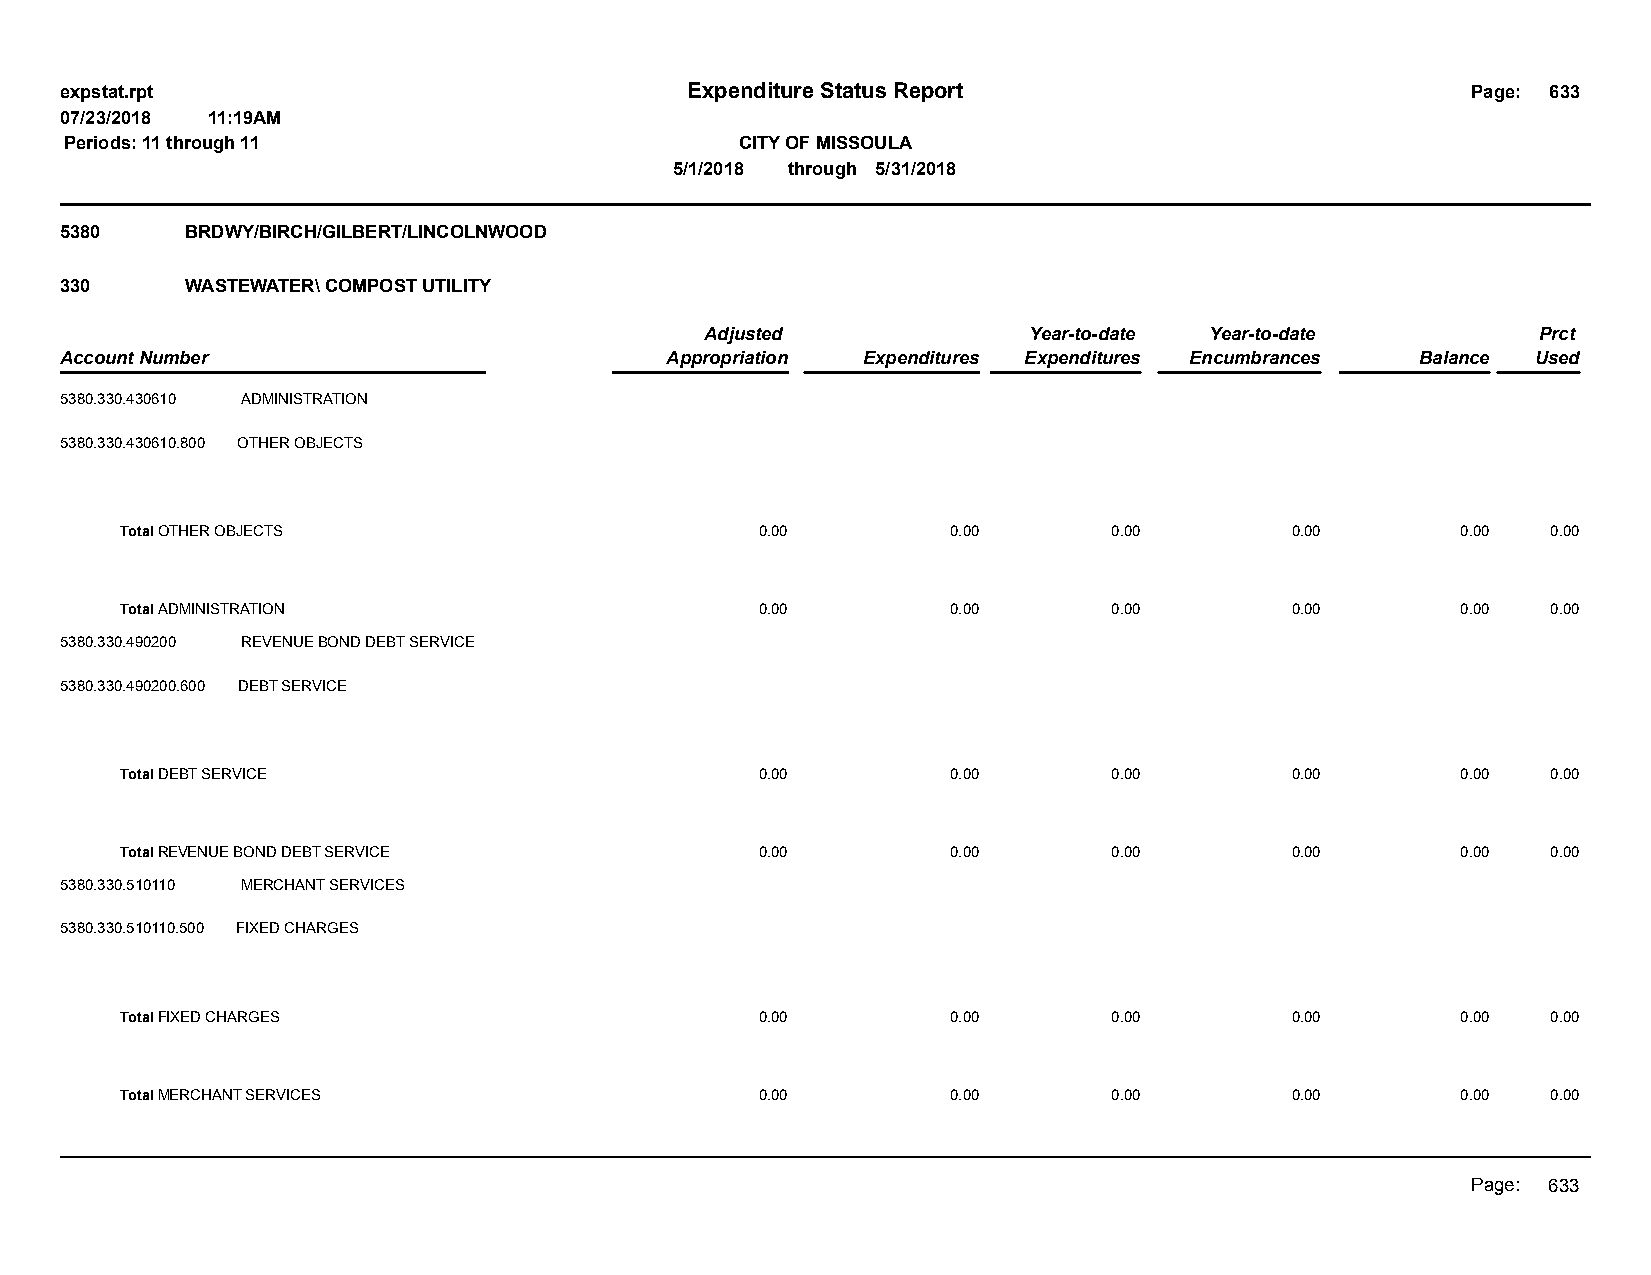
expstat.rpt                              Expenditure Status Report                           Page: 633
 07/23/2018 11:19AM
 Periods: 11 through 11                       CITY OF MISSOULA
 5/1/2018 through 5/31/2018
 5380    BRDWY/BIRCH/GILBERT/LINCOLNWOOD
 330     WASTEWATER\ COMPOST UTILITY
 Adjusted             Year-to-date Year-to-date         Prct
 Account Number                          Appropriation Expenditures Expenditures Encumbrances Balance Used
 5380.330.430610 ADMINISTRATION
 5380.330.430610.800 OTHER OBJECTS
 Total OTHER OBJECTS                       0.00         0.00       0.00       0.00        0.00  0.00
 Total ADMINISTRATION                      0.00         0.00       0.00       0.00        0.00  0.00
 5380.330.490200 REVENUE BOND DEBT SERVICE
 5380.330.490200.600 DEBT SERVICE
 Total DEBT SERVICE                        0.00         0.00       0.00       0.00        0.00  0.00
 Total REVENUE BOND DEBT SERVICE           0.00         0.00       0.00       0.00        0.00  0.00
 5380.330.510110 MERCHANT SERVICES
 5380.330.510110.500 FIXED CHARGES
 Total FIXED CHARGES                       0.00         0.00       0.00       0.00        0.00  0.00
 Total MERCHANT SERVICES                   0.00         0.00       0.00       0.00        0.00  0.00
 Page: 633